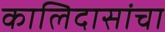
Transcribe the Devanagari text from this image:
कालिदासांचा